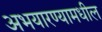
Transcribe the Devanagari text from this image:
अभयारण्यामधील